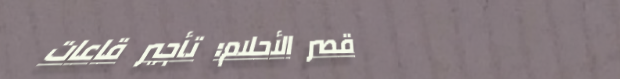
قصر الأحلام: تأجير قاعات